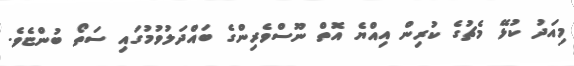
މިއަދު ކުޅޭ މެޗުގެ ކުރިން އިއްޔެ އޮތް ނޫސްވެރިންގެ ބައްދަލުވުމުގައި ސަތޯ ބުންޏެވެ.